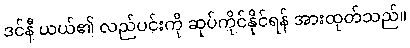
ဒင်နီ ယယ်၏ လည်ပင်းကို ဆုပ်ကိုင်နိုင်ရန် အားထုတ်သည်။